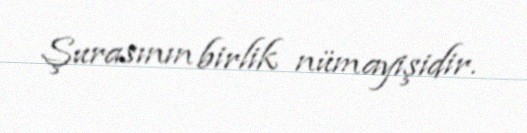
Şurasının birlik nümayişidir.